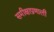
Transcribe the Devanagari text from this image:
समीक्षाप्रणाली